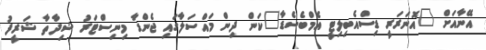
އޭނާއަށް "އޮނަރަރީ ޑިސްއެބިލިޓީ އެމްބެސެޑާ"ކަން ދިން މައްސަލާގައި ޖެންޑާ މިނިސްޓަރު ޝިދާތާ ޝަރީފު